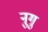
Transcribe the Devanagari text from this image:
नुगु